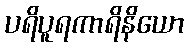
ပရိပူရကာရိနိယော